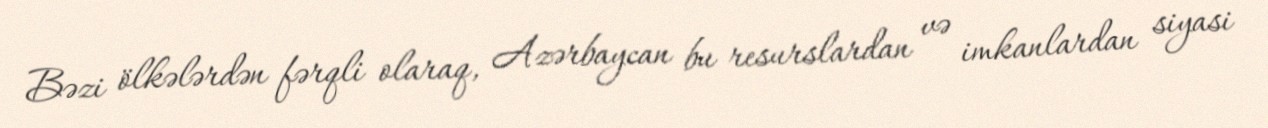
Bəzi ölkələrdən fərqli olaraq, Azərbaycan bu resurslardan və imkanlardan siyasi